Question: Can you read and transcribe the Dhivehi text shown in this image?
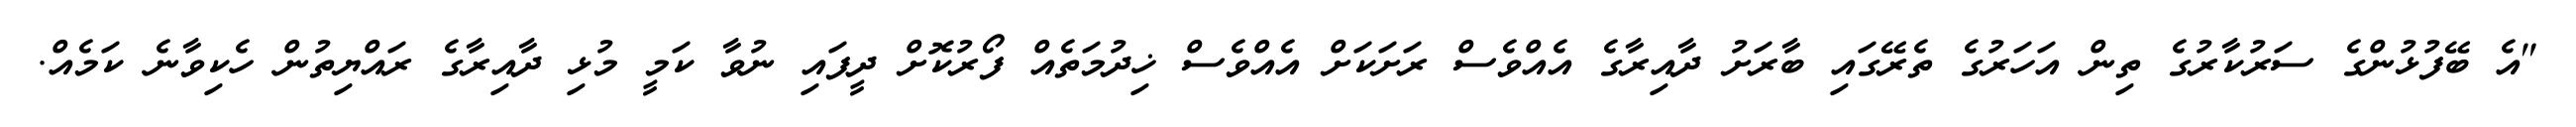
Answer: "އެ ބޭފުޅުންގެ ސަރުކާރުގެ ތިން އަހަރުގެ ތެރޭގައި ބާރަށު ދާއިރާގެ އެއްވެސް ރަށަކަށް އެއްވެސް ޚިދުމަތެއް ފޯރުކޮށް ދީފައި ނުވާ ކަމީ މުޅި ދާއިރާގެ ރައްޔިތުން ހެކިވާނެ ކަމެއް.